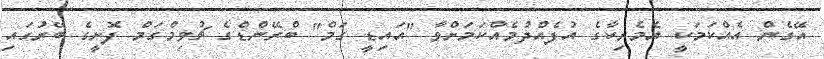
އޭގެން އެއްކަމަކީ އެމެރިކާގެ އުފެއްދުމެއްކަމަށްވާ "އައިޑީ ގަމް" ބްރޭންޑްގެ ޗުވިމްގަމް ފޮށީގެ ބޭރުގައި